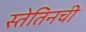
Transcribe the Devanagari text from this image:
स्तेतिनची